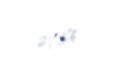
27,5%